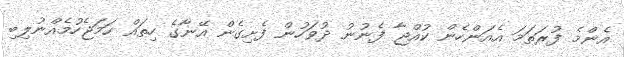
އެންމެ ފުރަތަމަ އެއަންހެން ކުއްޖާ ފެނުނު ދުވަހުން ފެށިގެން އޭނާގެ ހިތައް ހަމަޖެހުމެއްނުލިބި